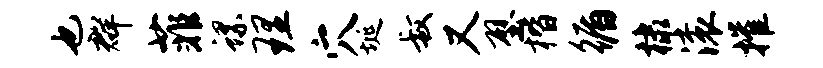
也群菲螺理穴埏叔又壁楷循棣滚摧